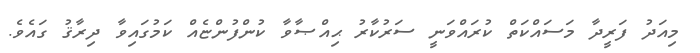
މިއަދު ފަރީދާ މަސައްކަތް ކުރައްވަނީ ސަރުކާރު ޙިއްޞާވާ ކުންފުންޏެއް ކަމުގައިވާ ދިރާޤު ގައެވެ.